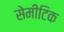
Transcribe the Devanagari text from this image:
सेमीटिक